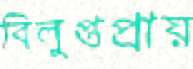
বিলুপ্তপ্রায়